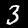
Label: 3